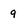
Character: 9